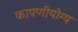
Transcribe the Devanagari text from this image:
कापणीयोग्य